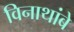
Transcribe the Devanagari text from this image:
विनाथांबे